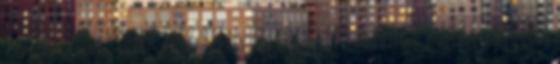
száját? Hülyének néz bennünket? Sem a nagy bukás idején,